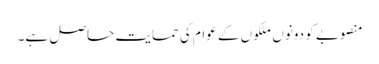
منصوبے کو دونوں ملکوں کے عوام کی حمایت حاصل ہے۔